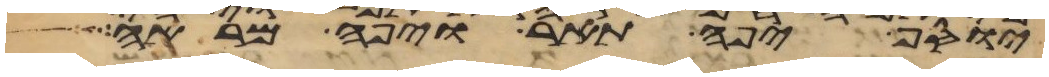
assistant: יוסף יפה תאר ויפה מראה